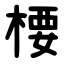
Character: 楆